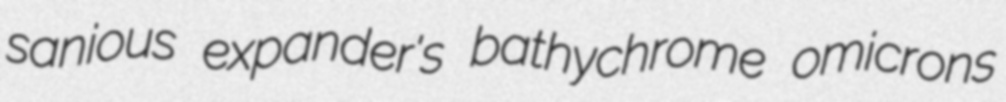
sanious expander's bathychrome omicrons